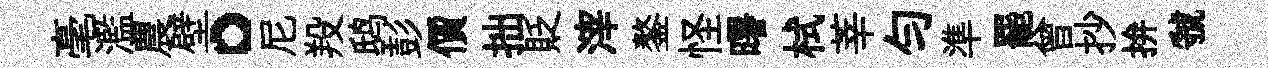
毫濫農壁。尼羖鸱彭價拙貶滓鏊怪曙栻莘勻準罷曾抄拚虢